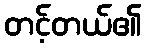
တင့်တယ်၏